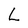
Character: L